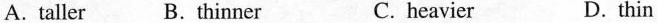
A.taller B.thinner C.heravier D.thin